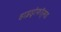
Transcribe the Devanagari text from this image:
हाइड्रोफॉर्मड